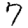
Digit: 7